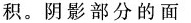
积。阴影部分的面